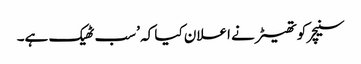
سنیچر کو تھیٹر نے اعلان کیا کہ ’سب ٹھیک ہے۔